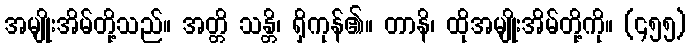
အမျိုးအိမ်တို့သည်။ အတ္တိ သန္တိ၊ ရှိကုန်၏။ တာနိ၊ ထိုအမျိုးအိမ်တို့ကို။ (၄၅၅)